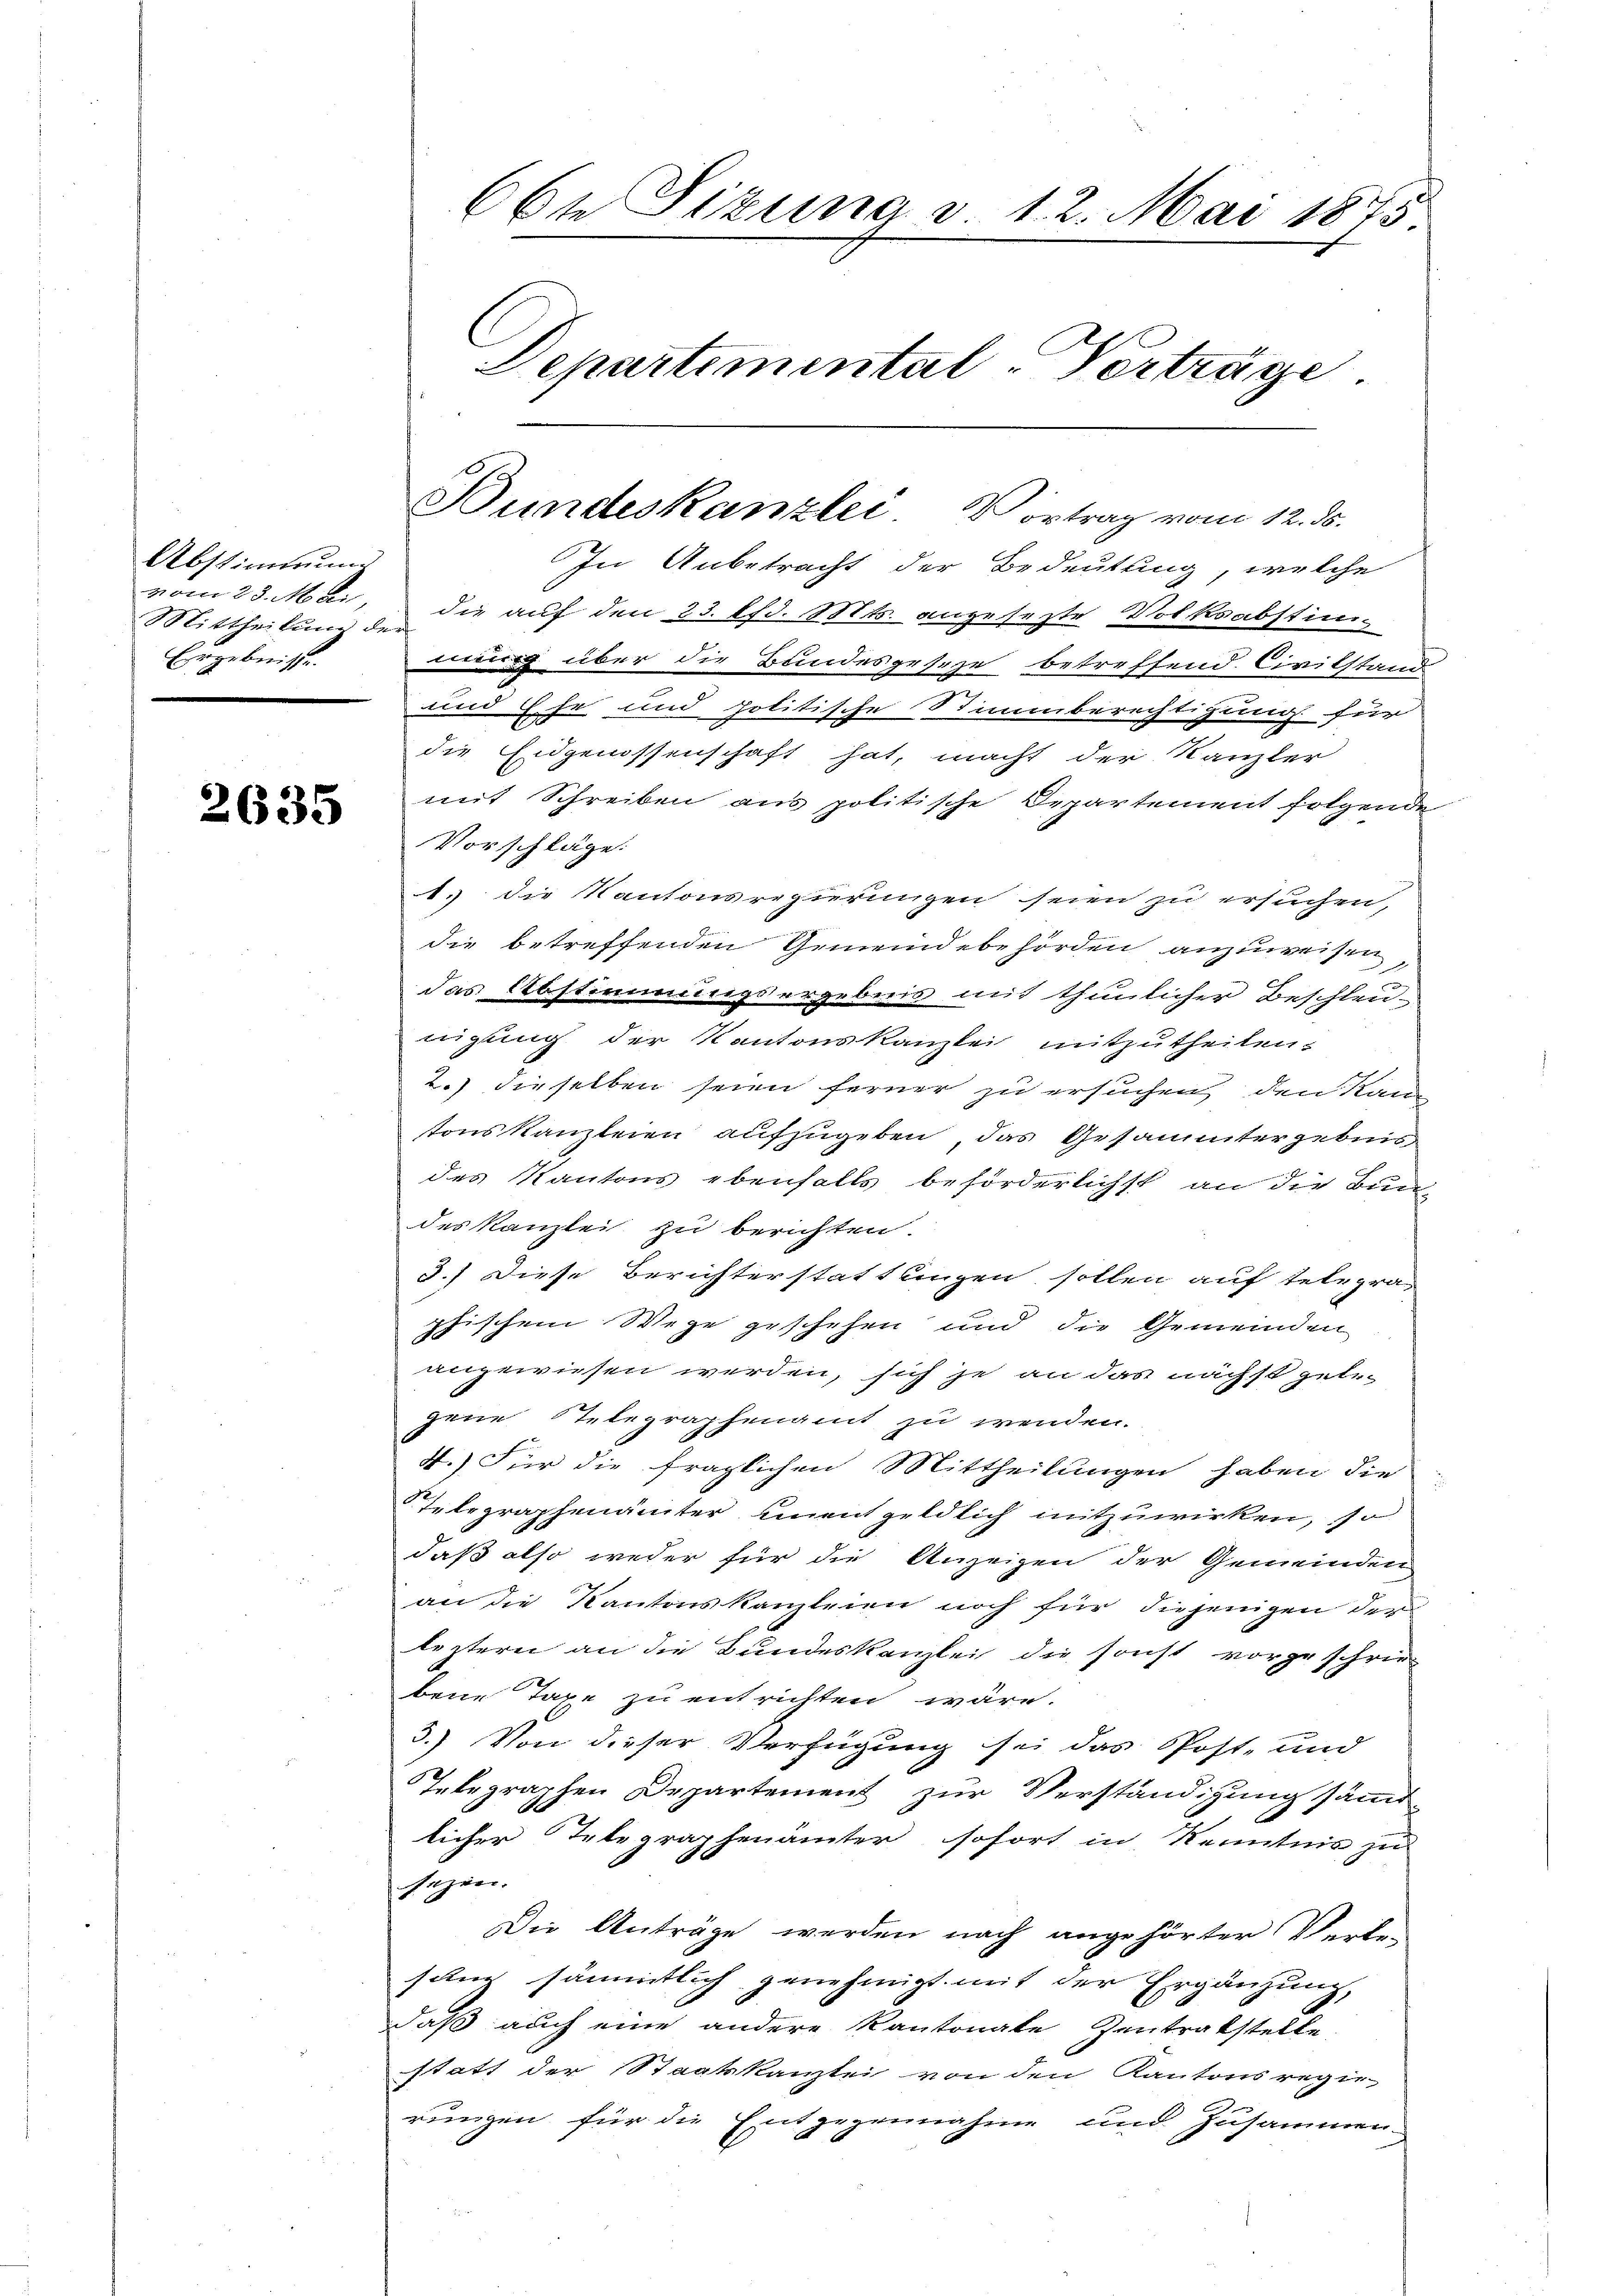
Abstimmung
Mittheilung der
Ergebniss. |

2635

66te Sizung § 12. Mai 1875
Departimental-Verträge.

In Anbetracht der Bedeutung, welche
vom 23. Mai, die auf den 23. lfd. Mts. angesezte Volksabstimg über die Bundesgeseze betreffend. Civilstand
und Ehe und politische Stimmberechtigung für
die Eidgenossenschaft hat, macht der Kanzler
mit Schreiben aus politische Departement folgende
Vorschläge:
1. die Kantonsregierungen seien zu ersuchen,
die betreffenden Gemeindebehörden anzuweisen,
das Abstimmungsergebnis mit thunlicher Beschleunigung der Kantonskanzlei mitzutheilen.
2.) dieselben seien ferner zu ersuchen, den Kann
tons Kanzleien aufzugeben, das Gesammtergeben
des Kantons ebenfalls beförderlichst an die Bundes Kanzlei zu berichten.
3.) Diese Berichterstattungen sollen auf teleprä-
phischem Wege geschehen und die Gemeinden
angewiesen werden, sich je an das nächst getr.
gene Stelegraphenamt zu wenden.
4.) Für die fraglichen Mittheilungen haben die
Telegraphenämter unentgeldlich mitzuwirken, so
daß also weder für die Anzeigen der Gemeinden
an die Kantonskanzleien noch für diejenigen der
leztern an die Bundeskanzlei die sonst vorgeschrie-
bene Taxe zu entrichten wäre.
3.) Von dieser Verfügung sei das Post- und
Telegraphen Departement zur Verständigung sämt-
licher Telegraphenämter, sofort in Kenntnis zu
sagen.
Die Anträge werden nach angehörter Verbe-
sung sämmtlich genehmigt mit der Ergänzung,
daß auch eine andere Kantonale Zentratstelle
statt der Staatskanzlei von den Kantons regte,
rungen für die Entgegennahme und Zusammen-

Bundeskanzlei. Vortrag vom 12. ds.